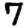
Digit: 7